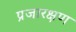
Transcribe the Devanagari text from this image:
प्रजारक्षण